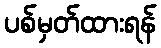
ပစ်မှတ်ထားရန်